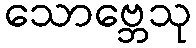
သောဗ္ဘေသု